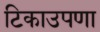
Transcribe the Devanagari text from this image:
टिकाउपणा